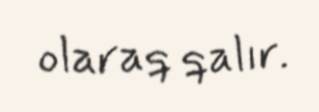
olaraq qalır.